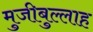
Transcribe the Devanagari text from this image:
मुजीबुल्लाह